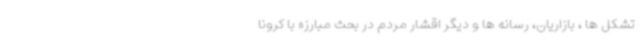
تشکل ها ، بازاریان، رسانه ها و دیگر اقشار مردم در بحث مبارزه با کرونا